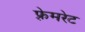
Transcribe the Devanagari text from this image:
फ़्रेमरेट